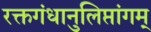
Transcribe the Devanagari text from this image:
रक्तगंधानुलिप्तांगम्